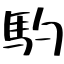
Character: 馰